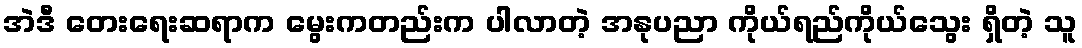
အဲဒီ တေးရေးဆရာက မွေးကတည်းက ပါလာတဲ့ အနုပညာ ကိုယ်ရည်ကိုယ်သွေး ရှိတဲ့ သူ